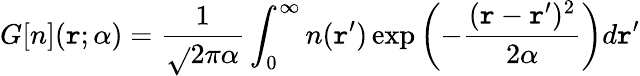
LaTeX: G[n](\mathtt{r};\alpha)=\frac{{1}}{{\sqrt{}{{2\pi\alpha}}}}\int_{0}^{\infty}n(\mathtt{r}^{\prime})\exp\left(-\frac{{(\mathtt{r}-\mathtt{r}^{\prime})^{2}}}{{2\alpha}}\right)d\mathtt{r}^{\prime}